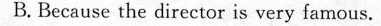
B.Because the director is very famous.